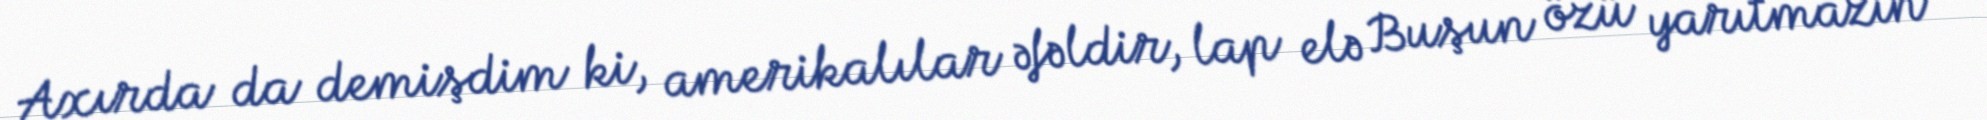
Axırda da demişdim ki, amerikalılar əfəldir, lap elə Buşun özü yarıtmazın